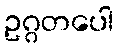
ဥဂ္ဂတပေါ